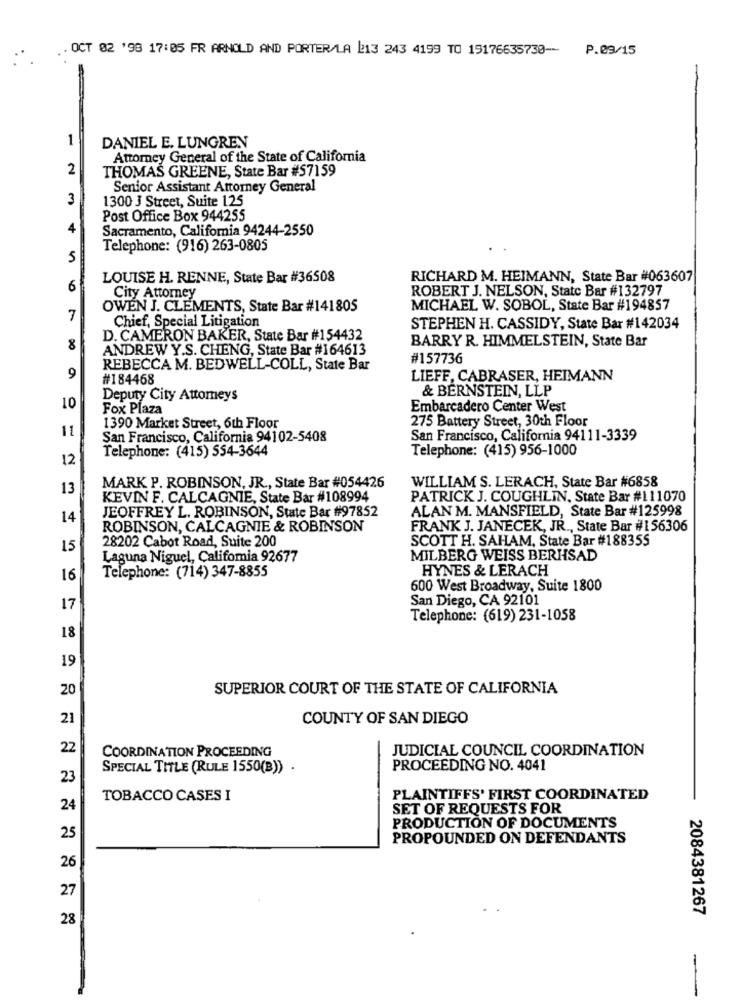
OCT 02 '98 17:05 FR ARNOLD AND PORTER/LA 2213 243 4199 TO 19176635730- P.09/15
1
DANIEL E. LUNGREN
Attorney General of the State of California
2
THOMAS GREENE, State Bar #57159
Senior Assistant Attorney General
3
1300 J Street, Suite 125
Post Office Box 944255
4
Sacramento, California 94244-2550
Telephone: (916) 263-0805
5
LOUISE H. RENNE, State Bar #36508
RICHARD M. HEIMANN, State Bar #063607
6
ROBERT J. NELSON, State Bar #132797
City Attorney
OWEN J. CLEMENTS, State Bar #141805
MICHAEL W. SOBOL, State Bar #194857
7
Chief, Special Litigation
STEPHEN H. CASSIDY, State Bar #142034
D. CAMERON BAKER, State Bar #154432
BARRY R. HIMMELSTEIN, State Bar
8
ANDREW Y.S. CHENG, State Bar #164613
#157736
REBECCA M. BEDWELL-COLL, State Bar
9
#184468
LIEFF, CABRASER, HEIMANN
& BERNSTEIN, LLP
Deputy City Attorneys
10
Fox Plaza
Embarcadero Center West
275 Battery Street, 30th Floor
11
1390 Market Street, 6th Floor
San Francisco, California 94102-5408
San Francisco, California 94111-3339
Telephone: (415) 554-3644
Telephone: (415) 956-1000
12
MARK P. ROBINSON, JR ., State Bar #054426
WILLIAM S. LERACH, State Bar #6858
13
KEVIN F. CALCAGNIE, State Bar #108994
PATRICK J. COUGHLIN, State Bar #111070
ALAN M. MANSFIELD, State Bar #125998
14
JEOFFREY L. ROBINSON, State Bar #97852
ROBINSON, CALCAGNIE & ROBINSON
FRANK J. JANECEK, JR ., State Bar #156306
28202 Cabot Road, Suite 200
SCOTT H. SAHAM, State Bar #188355
15
Laguna Niguel, Califomia 92677
MILBERG WEISS BERHSAD
HYNES & LERACH
16
Telephone: (714) 347-8855
600 West Broadway, Suite 1800
San Diego, CA 92101
17
Telephone: (619) 231-1058
18
19
20
SUPERIOR COURT OF THE STATE OF CALIFORNIA
21
COUNTY OF SAN DIEGO
22
COORDINATION PROCEEDING
JUDICIAL COUNCIL COORDINATION
SPECIAL TITLE (RULE 1550(B)) .
PROCEEDING NO. 4041
23
TOBACCO CASES I
PLAINTIFFS' FIRST COORDINATED
24
SET OF REQUESTS FOR
PRODUCTION OF DOCUMENTS
25
PROPOUNDED ON DEFENDANTS
26
27
2084381267
28
-